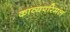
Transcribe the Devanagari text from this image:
काव्यपरिमल